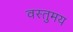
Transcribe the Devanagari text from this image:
वस्तुमय